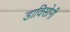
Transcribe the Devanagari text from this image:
डाविसोनी